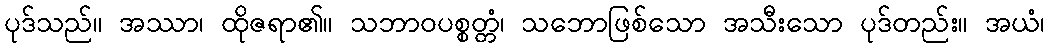
ပုဒ်သည်။ အဿာ၊ ထိုဇရာ၏။ သဘာဝပစ္စတ္တံ၊ သဘောဖြစ်သော အသီးသော ပုဒ်တည်း။ အယံ၊